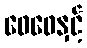
ဖေဖေနှင့်